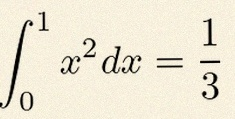
\int_0^1 x^2dx=\frac13